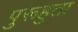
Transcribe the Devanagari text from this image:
पुरूहुता